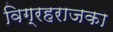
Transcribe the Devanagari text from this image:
विग्रहराजका